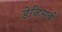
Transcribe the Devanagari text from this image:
डेव्हिसची